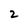
Character: 2